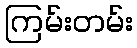
ကြမ်းတမ်း